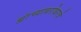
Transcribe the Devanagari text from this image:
ह्यांच्याबरोबरचे